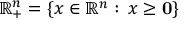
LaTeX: \mathbb { R } _ { + } ^ { n } = \left\{ x \in \mathbb { R } ^ { n } : \, x \geq \mathbf { 0 } \right\}